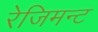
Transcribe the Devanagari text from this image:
रेजिमन्ट